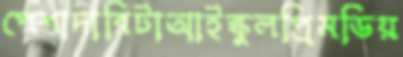
পেশাদারিটাআইস্কুলপ্রিমডিয়